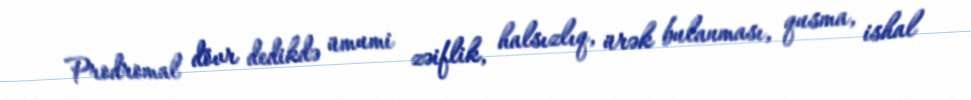
Prodromal dövr dedikdə ümumi zəiflik, halsızlıq, ürək bulanması, qusma, ishal